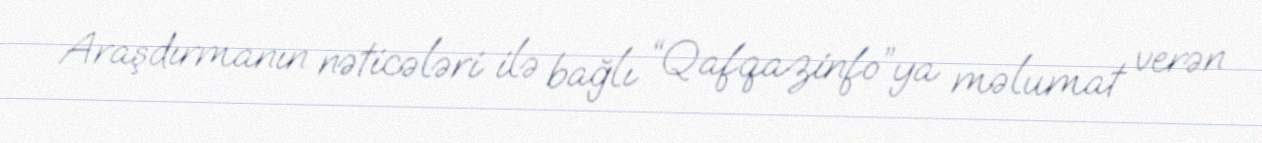
Araşdırmanın nəticələri ilə bağlı “Qafqazinfo”ya məlumat verən